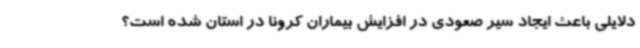
دلایلی باعث ایجاد سیر صعودی در افزایش بیماران کرونا در استان شده است؟